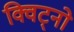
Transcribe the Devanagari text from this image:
क्विट्नो